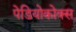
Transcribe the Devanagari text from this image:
पेडियोकोक्स